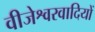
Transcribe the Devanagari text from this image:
वीजेश्वरवादियों